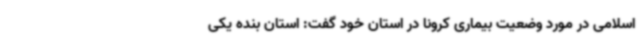
اسلامی در مورد وضعیت بیماری کرونا در استان خود گفت: استان بنده یکی